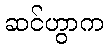
ဆင်ဟွာက